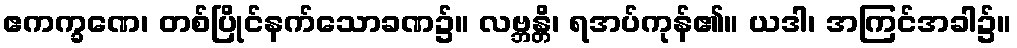
ဧကက္ခဏေ၊ တစ်ပြိုင်နက်သောခဏ၌။ လဗ္ဘန္တိ၊ ရအပ်ကုန်၏။ ယဒါ၊ အကြင်အခါ၌။